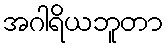
အဂါရိယဘူတာ